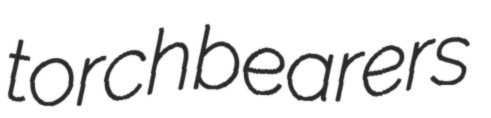
torchbearers